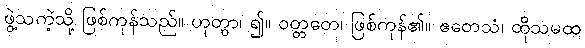
ဖွဲ့သကဲ့သို့ ဖြစ်ကုန်သည်။ ဟုတွာ၊ ၍။ ဝတ္တတေ၊ ဖြစ်ကုန်၏။ ဧတေသံ၊ ထိုသမထ